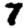
Digit: 7